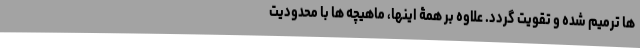
ها ترمیم شده و تقویت گردد. علاوه بر همۀ اینها، ماهیچه ها با محدودیت